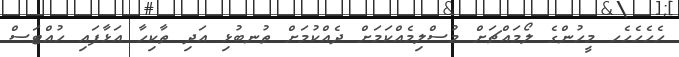
ހެހެހެހެހ މީހުންގެ ލޯމައްޗަށް މުސްލިމެއްކަމަށް ދެއްކުމަށް ތުނބުޅި އަދި ތާކިހާ އަޅާފައި ހުއްޓަސް